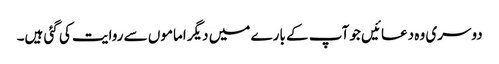
دوسری وہ دعائیں جو آپ کے بارے میں دیگر اماموں سے روایت کی گئی ہیں۔